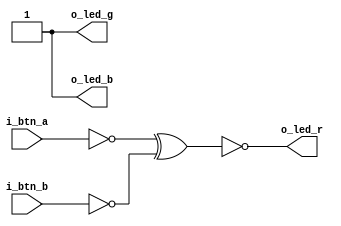
module led (input i_btn_a, i_btn_b,
            output o_led_r, o_led_g, o_led_b);

    assign btn_a = ~i_btn_a;
    assign btn_b = ~i_btn_b;


    assign led_r = btn_a ^ btn_b;
    assign led_g = 0; // off
    assign led_b = 0; // off


    assign o_led_r = ~led_r;
    assign o_led_g = ~led_g;
    assign o_led_b = ~led_b;

endmodule